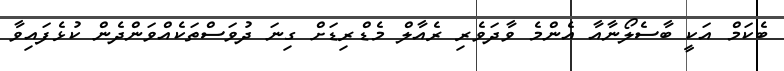
ބެކަމް އަކީ ބާސެލޯނާއާ އެންމެ ވާދަވެރި ރެއާލް މެޑްރިޑަށް ގިނަ ދުވަސްތަކެއްވަންދެން ކުޅެފައިވާ